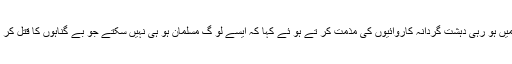
اس سے قبل اپنے خطاب میں مولانا فاروق ربانی نے دنیا میں ہو رہی دہشت گردانہ کاروائیوں کی مذمت کر تے ہو ئے کہا کہ ایسے لو گ مسلمان ہو ہی نہیں سکتے جو بے گناہوں کا قتل کر تے ہیں اور پوری دنیا کے مسلمانوں کو بدنام کر رہے ہیں۔